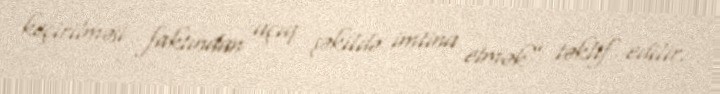
keçirilməsi faktından açıq şəkildə imtina etmək” təklif edilir.